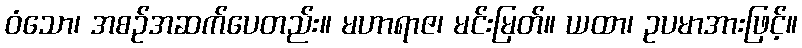
ဝံသော၊ အစဉ်အဆက်ပေတည်း။ မဟာရာဇ၊ မင်းမြတ်။ ယထာ၊ ဥပမာအားဖြင့်။